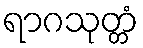
ရာဂသုတ္တံ